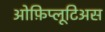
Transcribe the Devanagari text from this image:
ओफ़िप्लूटिअस